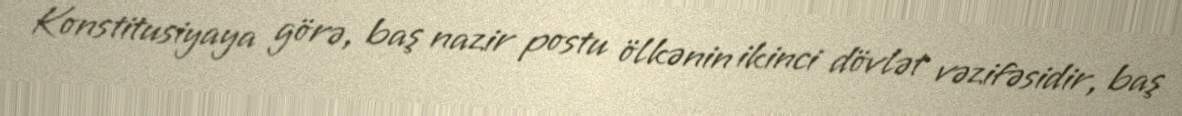
Konstitusiyaya görə, baş nazir postu ölkənin ikinci dövlət vəzifəsidir, baş